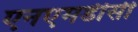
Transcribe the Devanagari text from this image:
एनएमडीसी